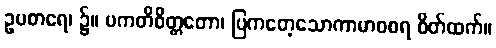
ဥပစာရေ၊ ၌။ ပကတိစိတ္တတော၊ ပြကတေ့သောကာမာဝစရ စိတ်ထက်။